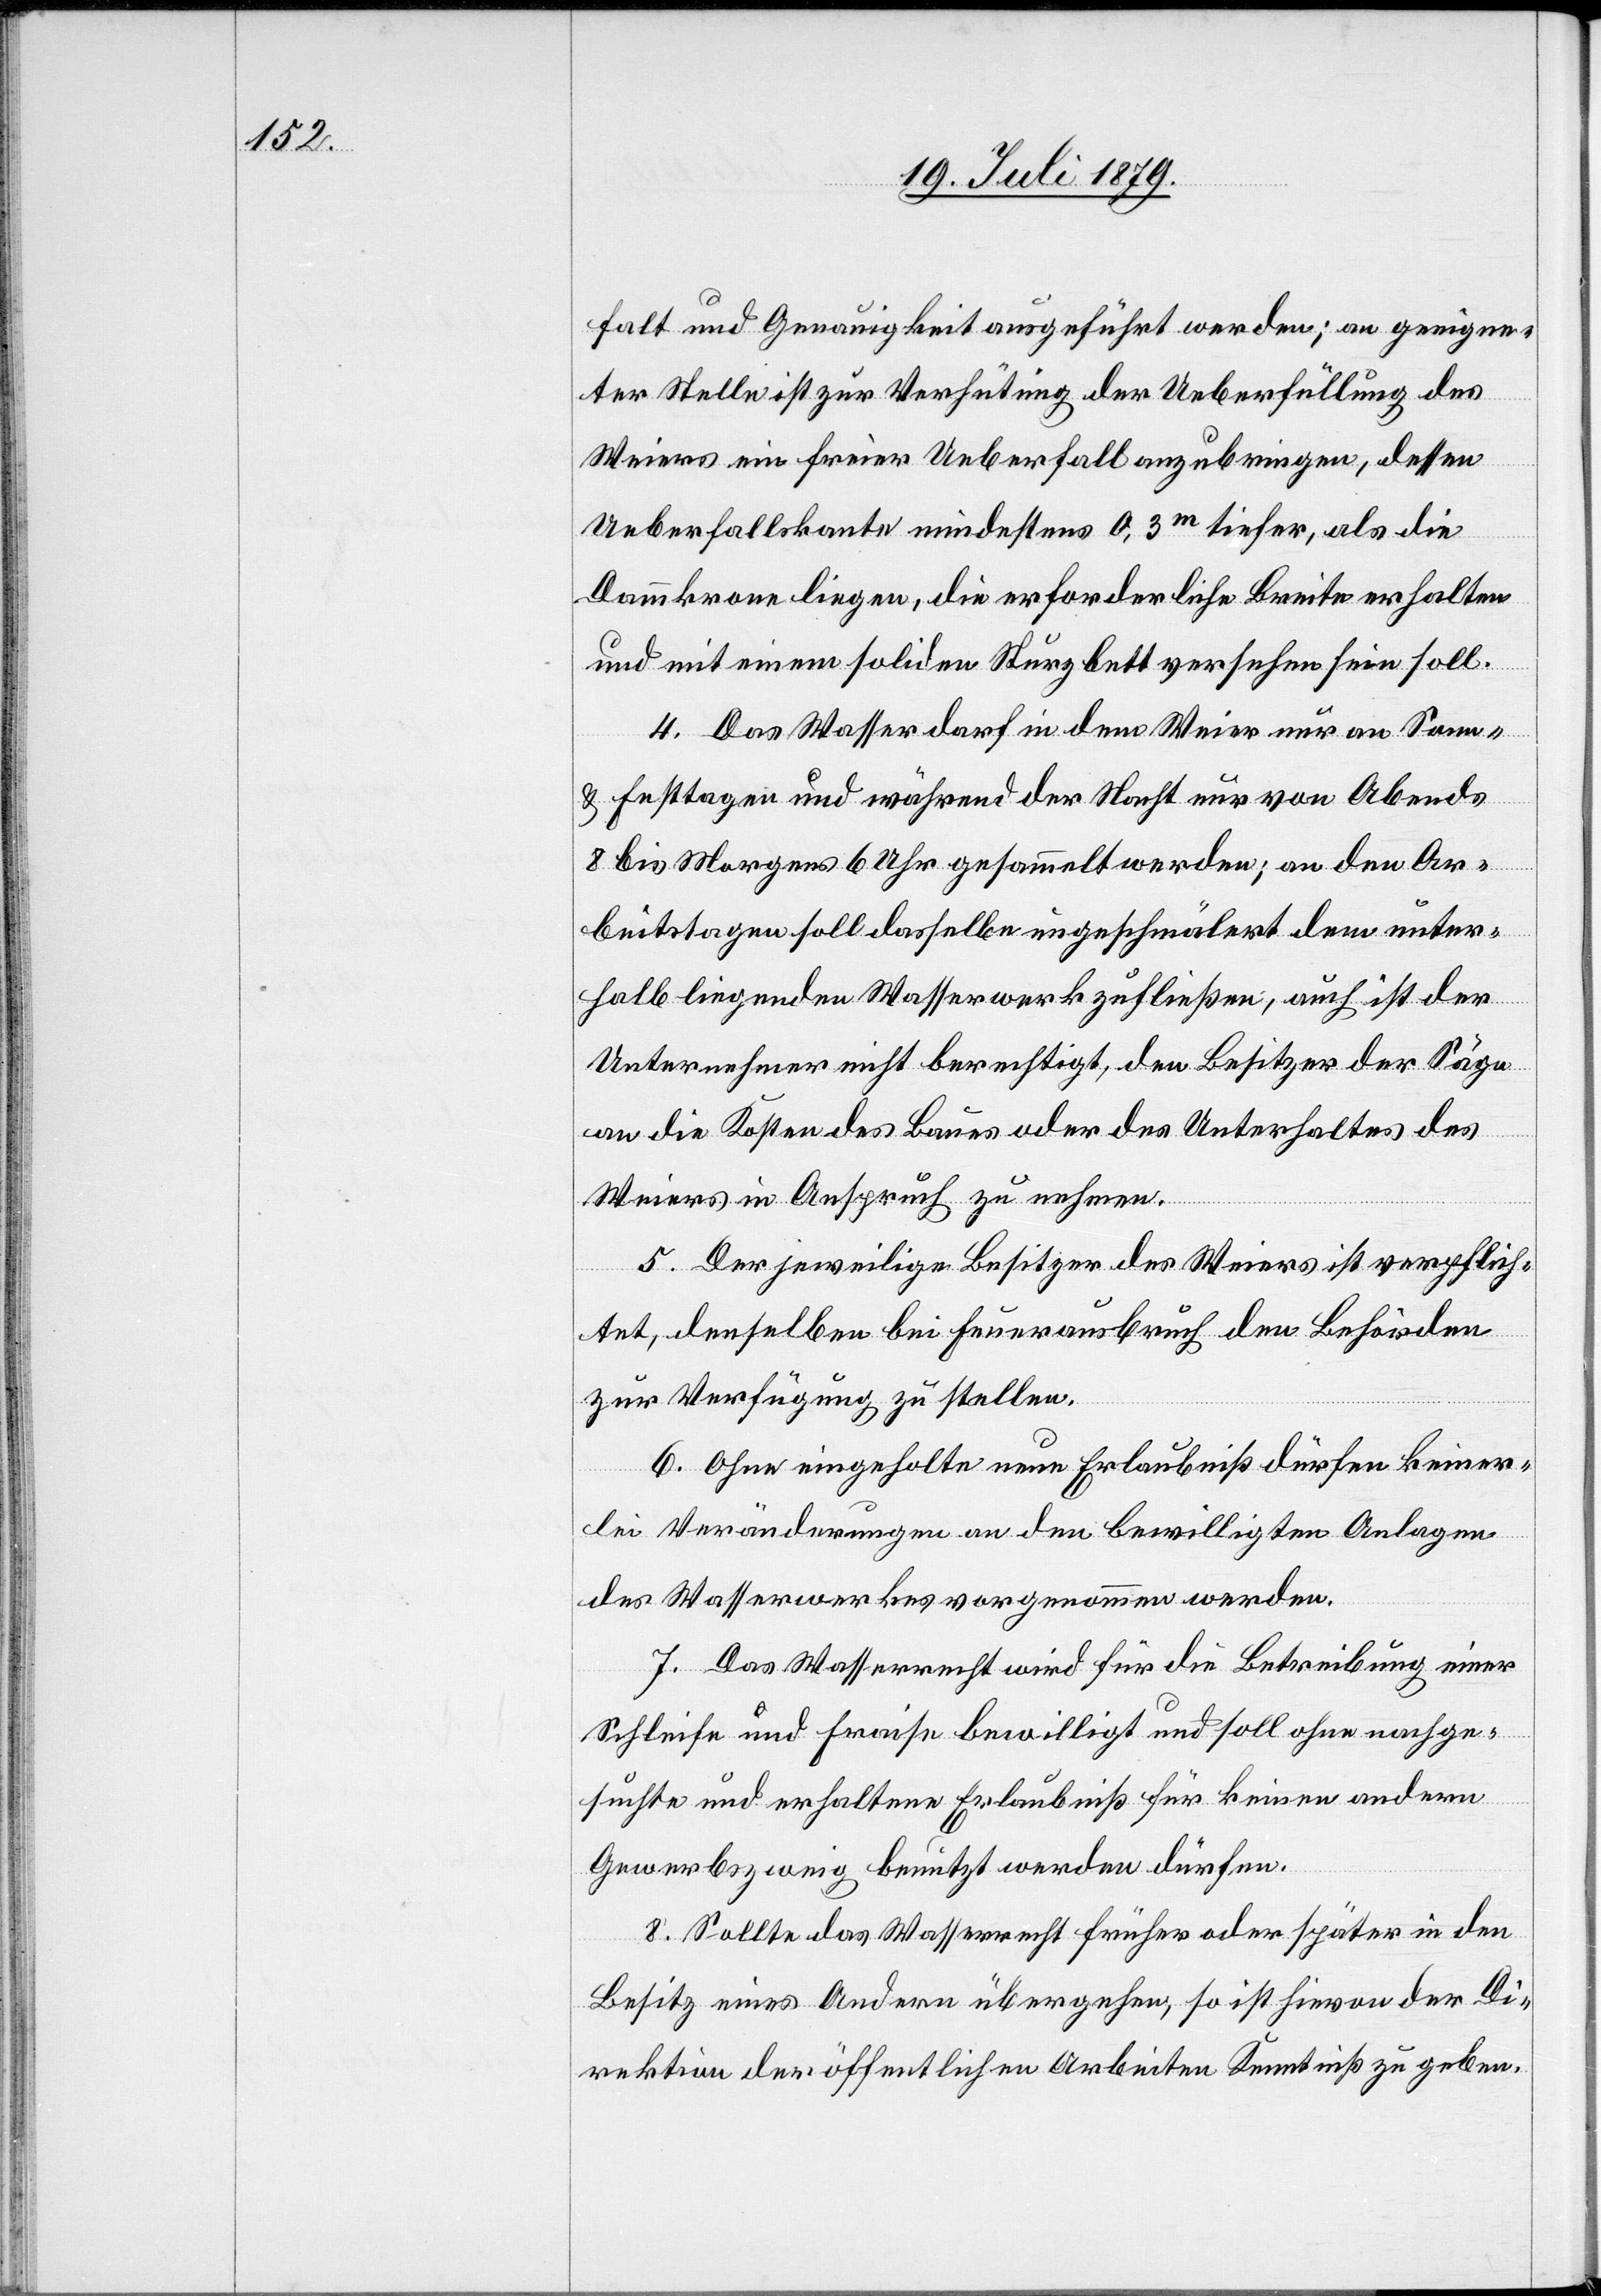
falt und Genauigkeit ausgeführt werden; an geeigne¬
ter Stelle ist zur Verhütung der Ueberfüllung des
Weiers ein freier Ueberfall anzubringen, dessen
Ueberfallskante mindestens 0,3m tiefer, als die
Dammkrone liegen, die erforderliche Breite erhalten
und mit einem soliden Sturzbett versehen sein soll.
4. Das Wasser darf in dem Weier nur an Sonn-
& Festtagen und während der Nacht nur von Abends
8 bis Morgens 6 Uhr gesammelt werden; an den Ar¬
beitstagen soll dasselbe ungeschmälert dem unter¬
halb liegenden Wasserwerk zufließen, auch ist der
Unternehmer nicht berechtigt, den Besitzer der Säge
an die Kosten des Baues oder des Unterhaltes des
Weiers in Anspruch zu nehmen.
5. Der jeweilige Besitzer des Weiers ist verpflich¬
tet, denselben bei Feuerausbruch den Behörden
zur Verfügung zu stellen.
6. Ohne eingeholte neue Erlaubniß dürfen keiner¬
lei Veränderungen an den bewilligten Anlagen
des Wasserwerkes vorgenommen werden.
7. Das Wasserrecht wird für die Betreibung einer
Schleife und Fraise bewilligt und soll ohne nachge¬
suchte und erhaltene Erlaubniß für keinen andern
Gewerbszweig benutzt werden dürfen.
8. Sollte das Wasserrecht früher oder später in den
Besitz eines Andern übergehen, so ist hievon der Di¬
rektion der öffentlichen Arbeiten Kenntniß zu geben.